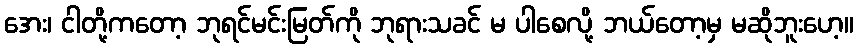
အေး၊ ငါတို့ကတော့ ဘုရင်မင်းမြတ်ကို ဘုရားသခင် မ ပါစေလို့ ဘယ်တော့မှ မဆိုဘူးဟေ့။